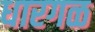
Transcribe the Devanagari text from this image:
धारगळ